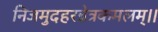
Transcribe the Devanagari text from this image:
निजमुदहरन्नेत्रकमलम्।।